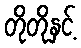
တိုတိုနှင့်